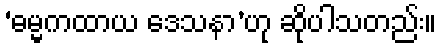
‘ဓမ္မကထာယ ဒေသနာ’ဟု ဆိုပါသတည်း။